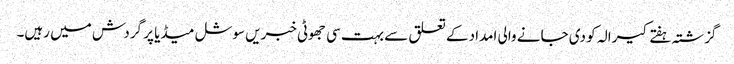
گزشتہ ہفتے کیرالہ کو دی جانے والی امداد کے تعلق سے بہت سی جھوٹی خبریں سوشل میڈیا پر گردش میں رہیں۔